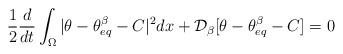
LaTeX: \begin{align*}\frac12\frac{d}{dt} \int_{\Omega} |\theta-\theta^\beta_{eq} -C |^2 dx + \mathcal{D}_\beta[\theta - \theta_{eq}^\beta -C] = 0\end{align*}